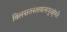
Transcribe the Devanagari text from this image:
विलसतस्तावत्समुज्जृंभते